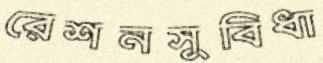
রেশনসুবিধা